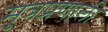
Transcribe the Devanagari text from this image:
मुत्रप्रणाली